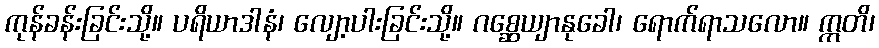
ကုန်ခန်းခြင်းသို့။ ပရိယာဒါနံ၊ လျော့ပါးခြင်းသို့။ ဂစ္ဆေယျာနုခေါ၊ ရောက်ရာသလော။ ဣတိ၊